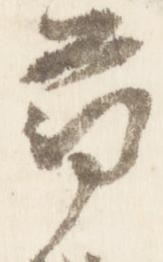
尋